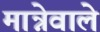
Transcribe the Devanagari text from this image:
मान्नेवाले